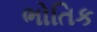
ભોતિક